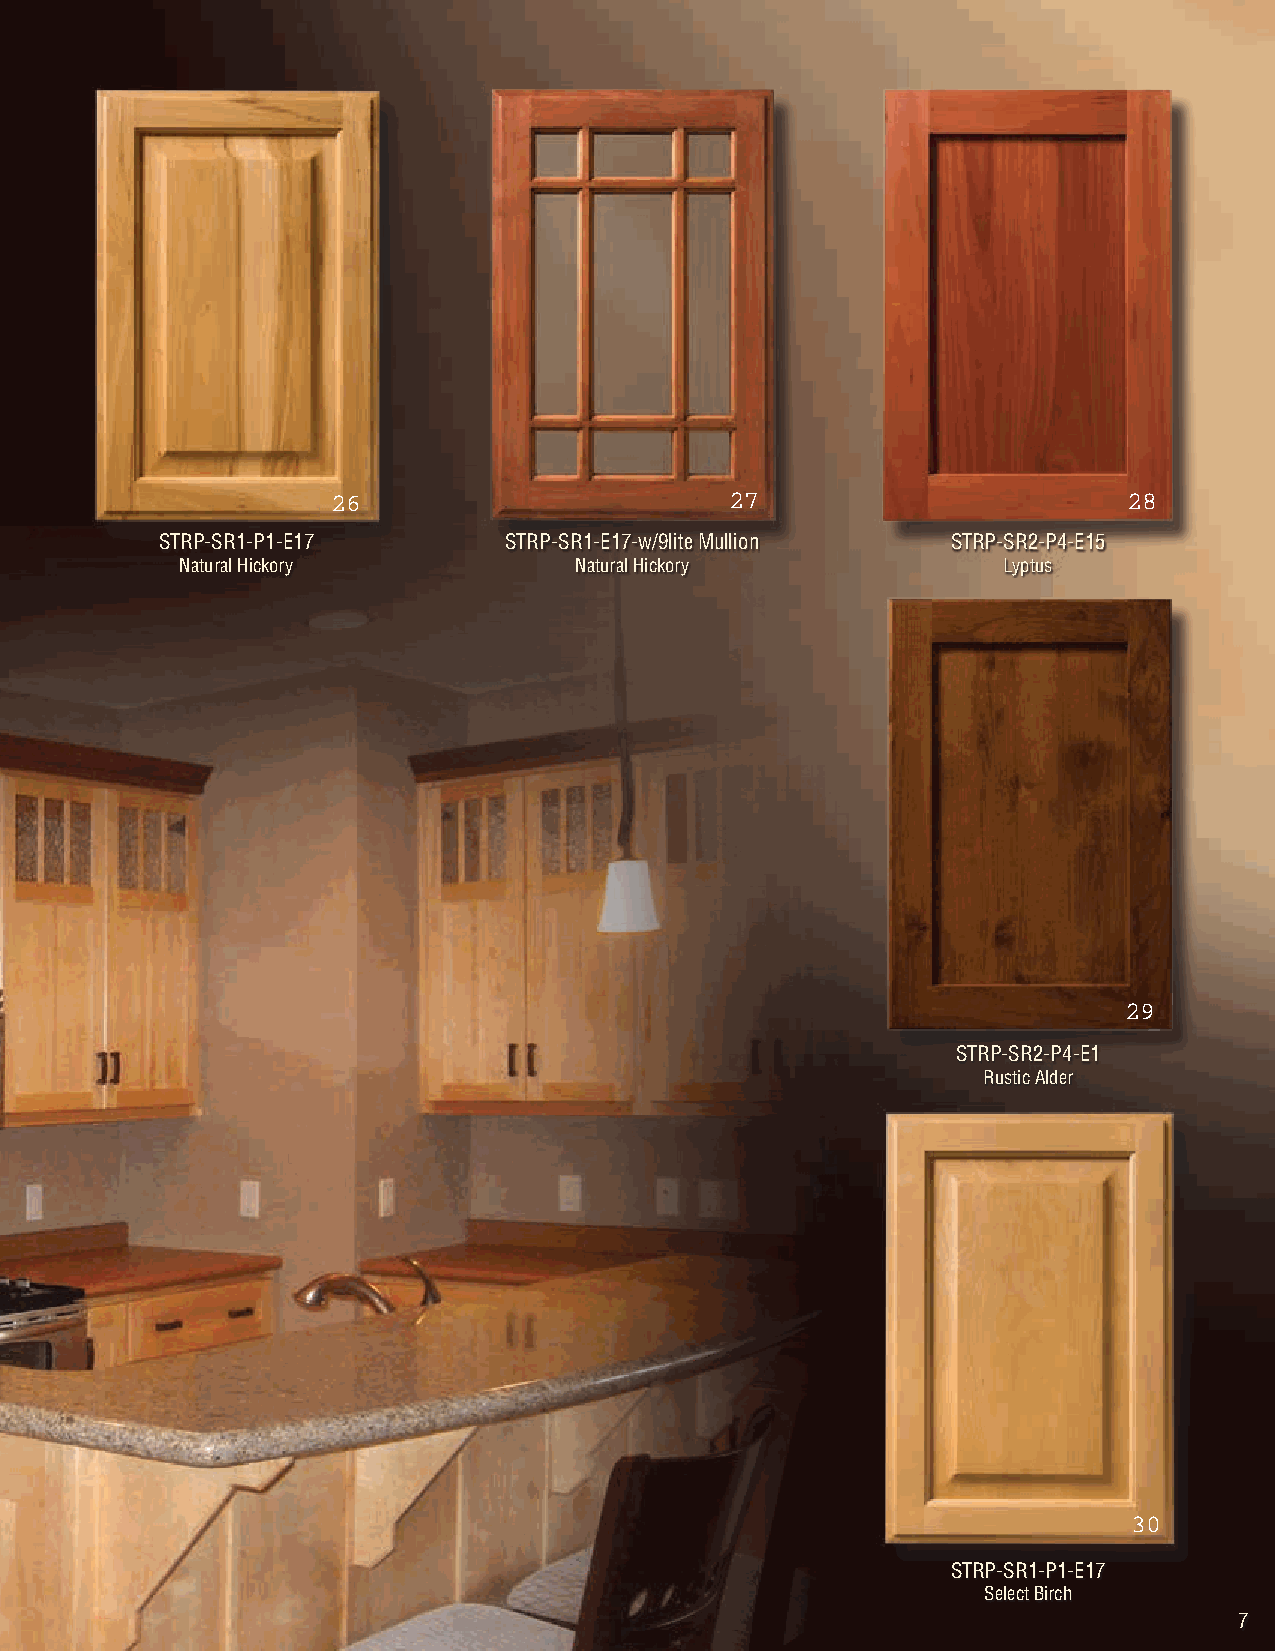
STRP-SR1-P1-E17       STRP-SR1-E17-w/9lite Mullion  STRP-SR2-P4-E15
 Natural Hickory           Natural Hickory             Lyptus
 STRP-SR2-P4-E1
 Rustic Alder
 STRP-SR1-P1-E17
 Select Birch
 7